Preparation of a safe and efficient antirabic vaccine - Number 44
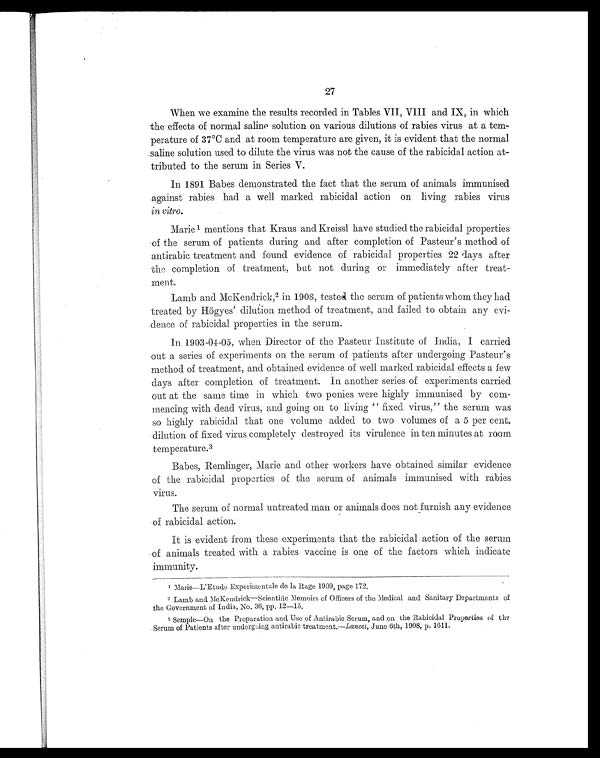
27
When we examine the results recorded in Tables VII, VIII and IX, in which
the effects of normal saline solution on various dilutions of rabies virus at a tem-
perature of 37°C and at room temperature are given, it is evident that the normal
saline solution used to dilute the virus was not the cause of the rabicidal action at-
tributed to the serum in Series V.
In 1891 Babes demonstrated the fact that the serum of animals immunised
against rabies had a well marked rabicidal action on living rabies virus
in vitro.
Marie 1 mentions that Kraus and Kreissl have studied the rabicidal properties
of the serum of patients during and after completion of Pasteur's method of
antirabic treatment and found evidence of rabicidal properties 22 days after
the completion of treatment, but not during or immediately after treat-
ment.
Lamb and McKendrick, 2 in 1908, tested the serum of patients whom they had
treated by Högyes' dilution method of treatment, and failed to obtain any evi-
dence of rabicidal properties in the serum.
In 1903-04-05, when Director of the Pasteur Institute of India, I carried
out a series of experiments on the serum of patients after undergoing Pasteur's
method of treatment, and obtained evidence of well marked rabicidal effects a few
days after completion of treatment. In another series of experiments carried
out at the same time in which two ponies were highly immunised by com-
mencing with dead virus, and going on to living '' fixed virus," the serum was
so highly rabicidal that one volume added to two volumes of a 5 per cent.
dilution of fixed virus completely destroyed its virulence in ten minutes at room
temperature.³
Babes, Remlinger, Marie and other workers have obtained similar evidence
of the rabicidal properties of the serum of animals immunised with rabies
virus.
The serum of normal untreated man or animals does not furnish any evidence
of rabicidal action.
It is evident from these experiments that the rabicidal action of the serum
of animals treated with a rabies vaccine is one of the factors which indicate
immunity.
¹Marie—L'Etude Experimentale de la Rage 1909, page 172.
²Lamb and McKendrick—Scientific Memoirs of Officers of the Medical and Sanitary Departments of
the Government of India, No. 36, pp. 12—.15.
3 Semple—On the Preparation and Use of Antirabic Serum, and on the Rabicidal Properties of the
Serum of Patients after undergoing antirabic treatment.— Lancet, June 6th, 1908, p. 1611.